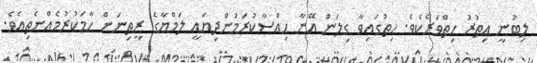
ލިބުނީ އިތުރު ހިތްވަރެކެވެ. ހިތުގައިވާ ގިލަން އޭނާ ހިއްސާކުރަމުންދިޔައީ ލަމްޔާގެ ރީތިނަން ހާމަކުރުމެއްނެތިއެވެ.